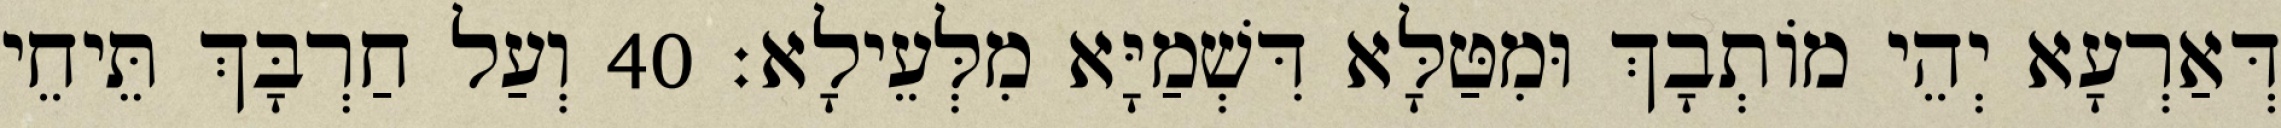
דְּאַרְעָא יְהֵי מוֹתְבָךְ וּמִטַּלָּא דִּשְׁמַיָּא מִלְּעֵילָא׃ 40 וְעַל חַרְבָּךְ תֵּיחֵי